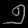
Digit: ၅